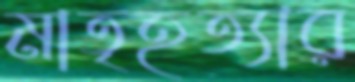
মাতৃহত্যার